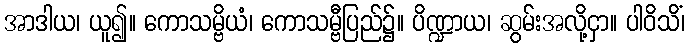
အာဒါယ၊ ယူ၍။ ကောသမ္ဗိယံ၊ ကောသမ္ဗီပြည်၌။ ပိဏ္ဍာယ၊ ဆွမ်းအလို့ငှာ။ ပါဝိသိံ၊